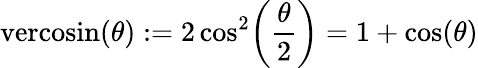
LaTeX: {\textrm{vercosin}}(\theta):=2\cos^{2}\! \left({\frac{\theta}{2}}\right)=1+\cos(\theta)